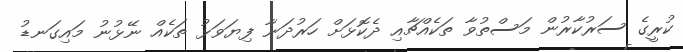
ކުރީގެ ސަރުކާރުން މަސްތުވާ ތަކެއްޗާއި ދެކޮޅަށް ހަރުދަނާ ފިޔަވަޅު ތަކެއް ނޭޅުނު މައިގަނޑު